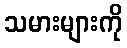
သမားများကို